Sleeping sickness
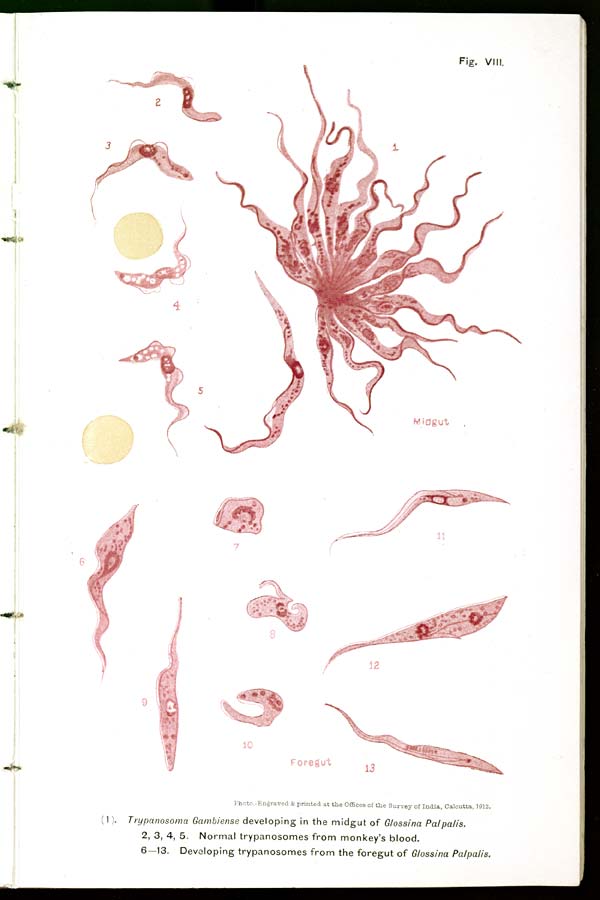
Fig. VIII.
Photo.-Engraved & printed at the Offices of the Survey of India, Calcutta, 1912.
(1). Trypanosoma Gambiense developing in the midgut of Glossina Palpalis.
2, 3, 4, 5. Normal trypanosomes from monkey's blood.
6—13. Developing trypanosomes from the foregut of Glossina Palpalis.